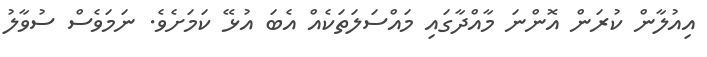
އިއުލާން ކުރަން އޮންނަ މާއްދާގައި މައްސަލަތަކެއް އެބަ އުޅޭ ކަމަށެވެ. ނަމަވެސް ސުވާލު